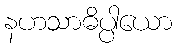
နဟသာဓိပ္ပါယော